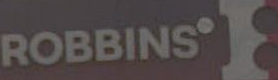
ROBBINSI